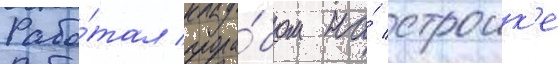
Рабо́тал прора́бом на́ строик'е